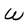
Character: W